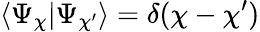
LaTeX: \langle\Psi_{\chi}|\Psi_{\chi^{\prime}}\rangle=\delta(\chi-\chi^{\prime})